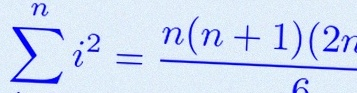
\sum_{i=1}^{n}i^2=\frac{n(n+1)(2n+1)}6